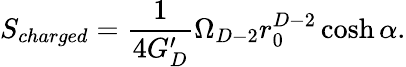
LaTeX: S_{charged}={\frac{1}{4G_{D}^{\prime}}}\Omega_{D-2}r_{0}^{D-2}\cosh\alpha.